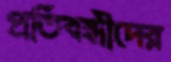
প্রতিবন্ধীদের